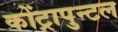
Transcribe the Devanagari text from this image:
कोंट्रापुन्टल